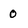
Character: 0